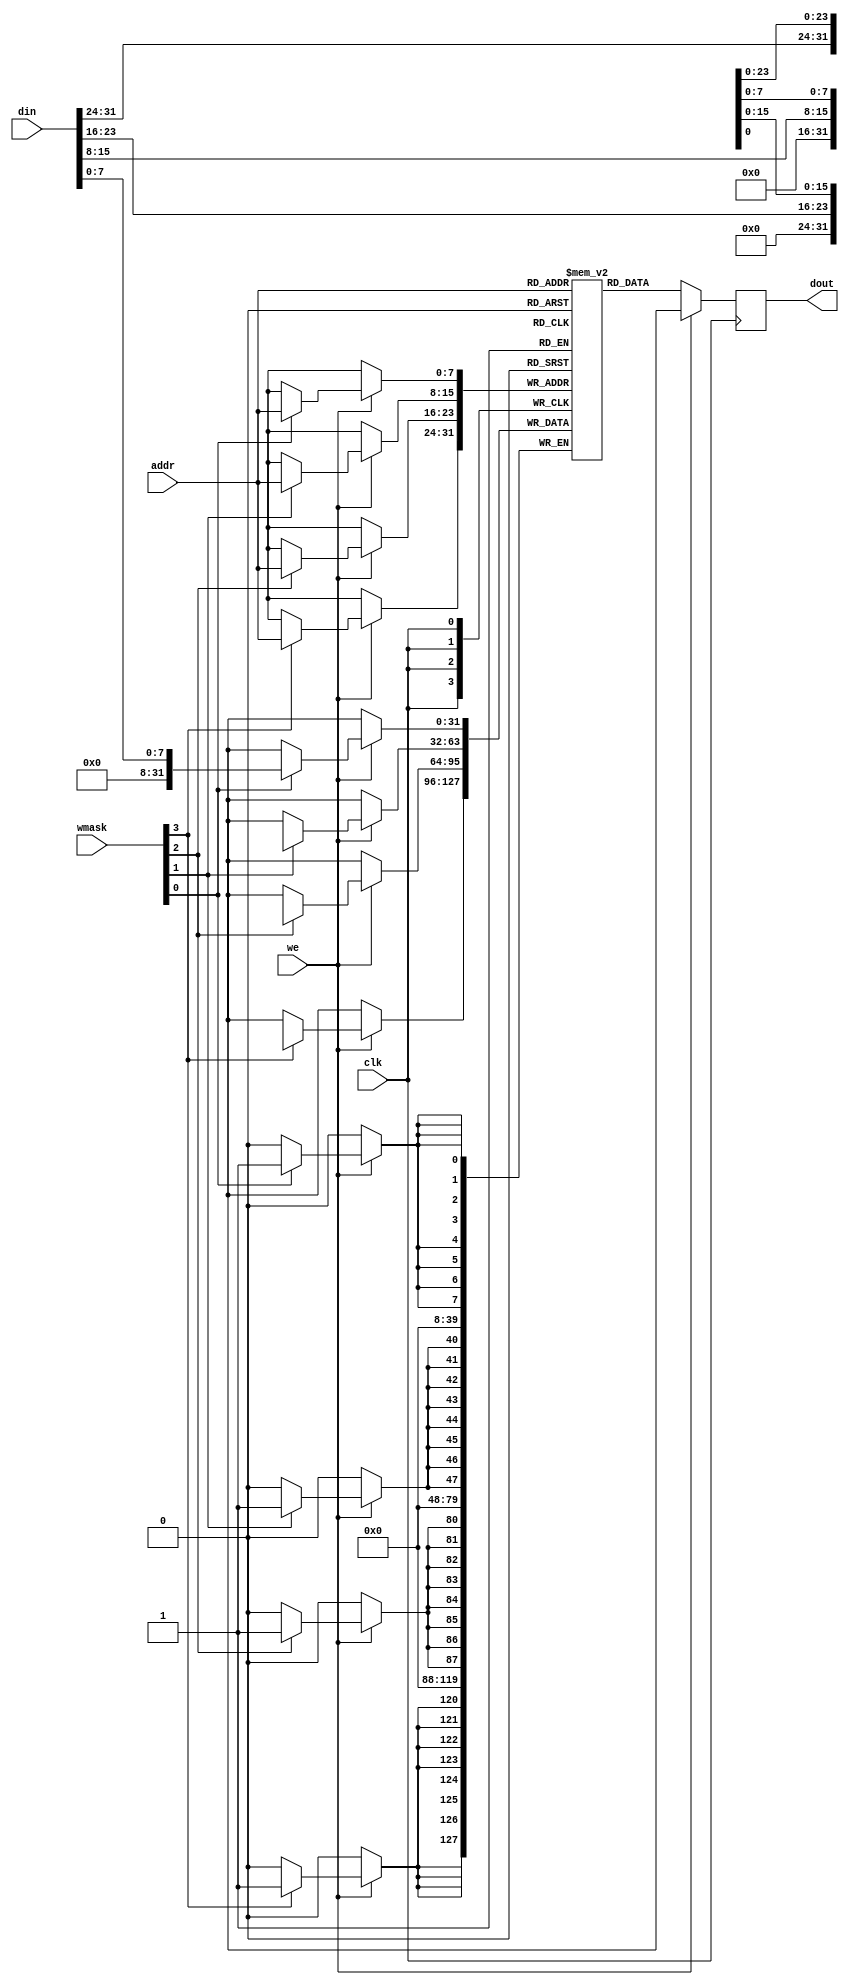
// SRAM22 SRAM model
// Words: 256
// Word size: 32
// Write size: 8

module sram22_256x32m4w8(
`ifdef USE_POWER_PINS
    vdd,
    vss,
`endif
  clk,we,wmask,addr,din,dout
  );

  // These parameters should NOT be set to
  // anything other than their defaults.
  parameter DATA_WIDTH = 32 ;
  parameter ADDR_WIDTH = 8 ;
  parameter WMASK_WIDTH = 4 ;
  parameter RAM_DEPTH = 1 << ADDR_WIDTH;

`ifdef USE_POWER_PINS
    inout vdd; // power
    inout vss; // ground
`endif
  input  clk; // clock
  input  we; // write enable
  input [WMASK_WIDTH-1:0] wmask; // write mask
  input [ADDR_WIDTH-1:0]  addr; // address
  input [DATA_WIDTH-1:0]  din; // data in
  output reg [DATA_WIDTH-1:0] dout; // data out
  

  reg [DATA_WIDTH-1:0] mem [0:RAM_DEPTH-1];

  // Fill memory with zeros.
  // For simulation only. The real SRAM
  // may not be initialized to all zeros.
  integer i;
  initial begin
    for (i = 0 ; i < RAM_DEPTH ; i = i + 1)
    begin
      mem[i] = {DATA_WIDTH{1'b0}};
    end
  end

  always @(posedge clk)
  begin
    // Write
    if (we) begin
        if (wmask[0]) begin
          mem[addr][7:0] <= din[7:0];
        end
        if (wmask[1]) begin
          mem[addr][15:8] <= din[15:8];
        end
        if (wmask[2]) begin
          mem[addr][23:16] <= din[23:16];
        end
        if (wmask[3]) begin
          mem[addr][31:24] <= din[31:24];
        end

      // Output is arbitrary when writing to SRAM
      dout <= {DATA_WIDTH{1'bx}};
    end

    // Read
    if (!we) begin
      dout <= mem[addr];
    end
  end

endmodule